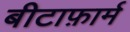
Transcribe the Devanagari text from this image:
बीटाफ़ार्म